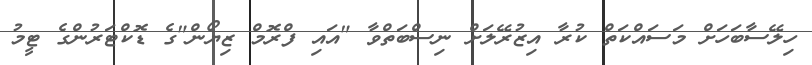
ހިލޭސާބަހަށް މަސައްކަތް ކުރާ އިޒުރޭލަށް ނިސްބަތްވާ "އައި ފްރޮމް ޒިޔޯން"ގެ ޑޮކްޓަރުންގެ ޓީމު